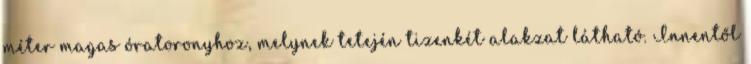
méter magas óratoronyhoz, melynek tetején tizenkét alakzat látható. Innentől